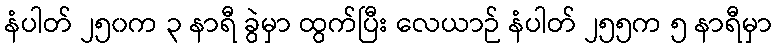
နံပါတ် ၂၅၀က ၃ နာရီ ခွဲမှာ ထွက်ပြီး လေယာဉ် နံပါတ် ၂၅၅က ၅ နာရီမှာ